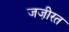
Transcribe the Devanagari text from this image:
जजी़रत